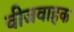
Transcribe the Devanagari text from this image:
वीजवाहक